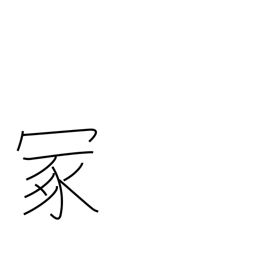
Meaning: hillock